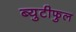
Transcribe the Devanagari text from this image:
ब्युटीफुल